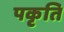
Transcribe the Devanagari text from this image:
पकृति